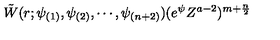
\tilde { W } ( r ; \psi _ { ( 1 ) } , \psi _ { ( 2 ) } , \cdots , \psi _ { ( n + 2 ) } ) ( e ^ { \psi } Z ^ { a - 2 } ) ^ { m + \frac { n } { 2 } }